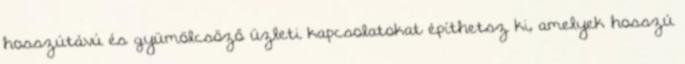
hosszútávú és gyümölcsöző üzleti kapcsolatokat építhetsz ki, amelyek hosszú